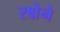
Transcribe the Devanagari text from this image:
रक्षेने